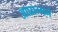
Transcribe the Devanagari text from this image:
आघ्रात्मने